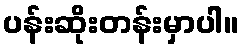
ပန်းဆိုးတန်းမှာပါ။